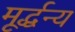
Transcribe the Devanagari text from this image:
मूर्द्धन्य